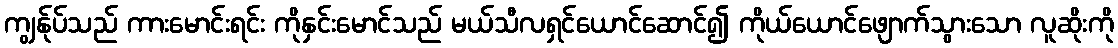
ကျွန်ုပ်သည် ကားမောင်းရင်း ကိုနှင်းမောင်သည် မယ်သီလရှင်ယောင်ဆောင်၍ ကိုယ်ယောင်ဖျောက်သွားသော လူဆိုးကို